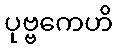
ပုဗ္ဗကေဟိ